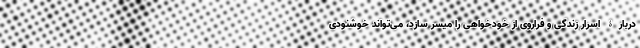
دربارۀ اسرار زندگی و فراروی از خودخواهی را میسر سازد، می‌تواند خوشنودی